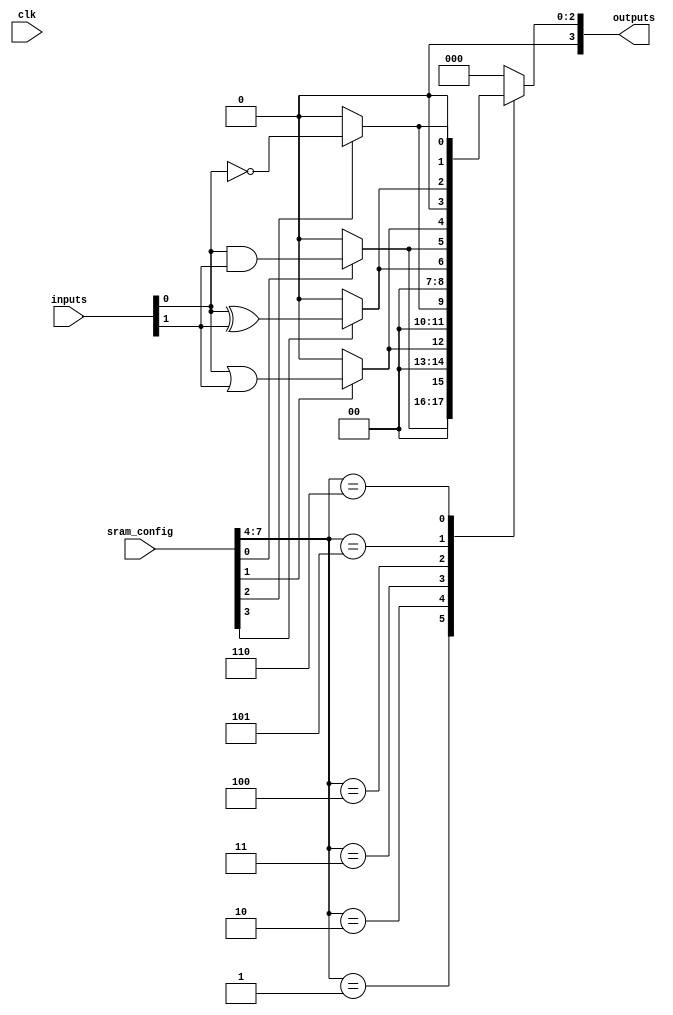
module CLB(
    input [3:0] inputs,             // 4 inputs
    input [7:0] sram_config,        // SRAM configuration data
    input clk,                      // Clock signal
    output reg [3:0] outputs        // 4 outputs
);

    // Internal wire declarations for logic gates
    wire and_out, or_out, not_out, xor_out;

    // Logic gates based on SRAM configuration
    assign and_out = (sram_config[0]) ? (inputs[0] & inputs[1]) : 1'b0; // AND operation
    assign or_out = (sram_config[1]) ? (inputs[0] | inputs[1]) : 1'b0;  // OR operation
    assign not_out = (sram_config[2]) ? ~inputs[0] : 1'b0;               // NOT operation
    assign xor_out = (sram_config[3]) ? (inputs[0] ^ inputs[1]) : 1'b0;  // XOR operation

    // Internal multiplexer to choose outputs based on configuration
    always @(*) begin
        case (sram_config[7:4])  // Select output based on SRAM config
            4'b0000: outputs = 4'b0000; // No operation
            4'b0001: outputs = {3'b000, and_out}; // AND output
            4'b0010: outputs = {3'b000, or_out};  // OR output
            4'b0011: outputs = {3'b000, not_out}; // NOT output
            4'b0100: outputs = {3'b000, xor_out}; // XOR output
            4'b0101: outputs = {1'b0, and_out, or_out, 1'b0}; // AND + OR
            4'b0110: outputs = {1'b0, xor_out, not_out, 1'b0}; // XOR + NOT
            // Add more combinations as needed
            default: outputs = 4'b0000; // Default case
        endcase
    end

endmodule